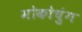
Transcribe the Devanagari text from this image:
मोकोचुंग